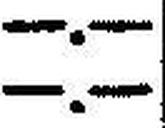
—.—